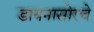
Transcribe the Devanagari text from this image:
डायनासोरचे